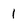
Character: 1